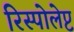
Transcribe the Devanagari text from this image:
रिस्पोलेप्ट